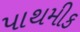
પાથમીક